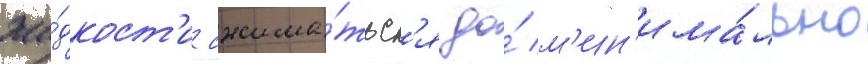
жи́дкост'и сжима́тьс'я до́ м'ин'има́льно